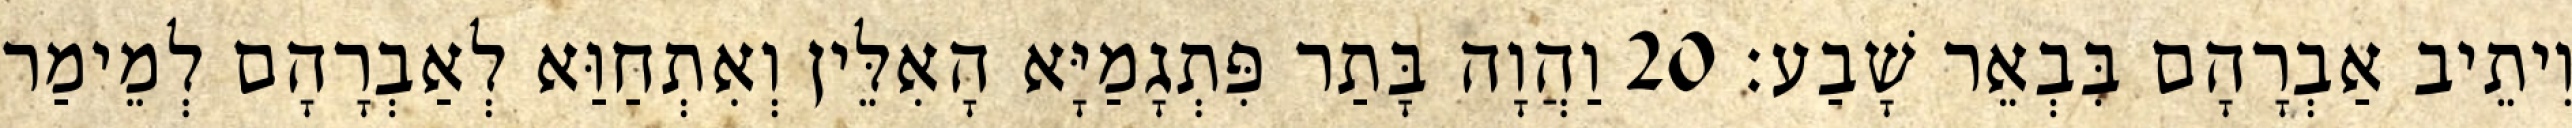
וִיתֵיב אַבְרָהָם בִּבְאֵר שָׁבַע׃ 20 וַהֲוָה בָּתַר פִּתְגָמַיָּא הָאִלֵּין וְאִתְחַוַּא לְאַבְרָהָם לְמֵימַר